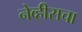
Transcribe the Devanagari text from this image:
नेव्हीसचा